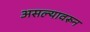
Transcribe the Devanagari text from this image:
असल्यावरून